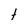
Character: t